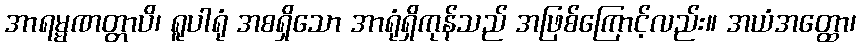
အာရမ္မဏတ္တာပိ၊ ရူပါရုံ အစရှိသော အာရုံရှိကုန်သည် အဖြစ်ကြောင့်လည်း။ အယံအတ္ထော၊